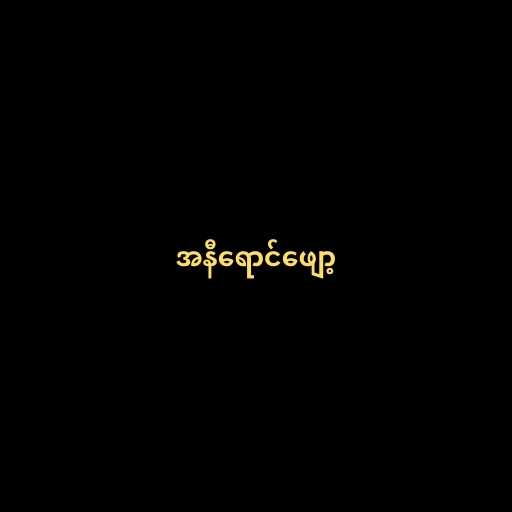
အနီရောင်ဖျော့